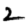
Digit: 2